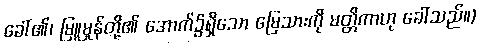
ခေါ်၏၊ မြူမှုန်တို့၏ အောက်၌ရှိသော မြေသားကို မတ္တိကာဟု ခေါ်သည်။)